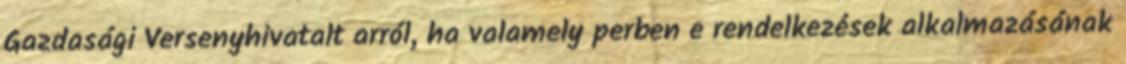
Gazdasági Versenyhivatalt arról, ha valamely perben e rendelkezések alkalmazásának